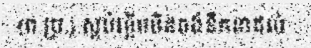
(ព.ប្រ.) ស្អប់ខ្ពើមមិនចង់នឹកនាដល់ :